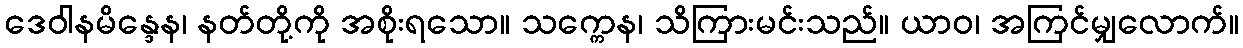
ဒေဝါနမိန္ဒေန၊ နတ်တို့ကို အစိုးရသော။ သက္ကေန၊ သိကြားမင်းသည်။ ယာဝ၊ အကြင်မျှလောက်။